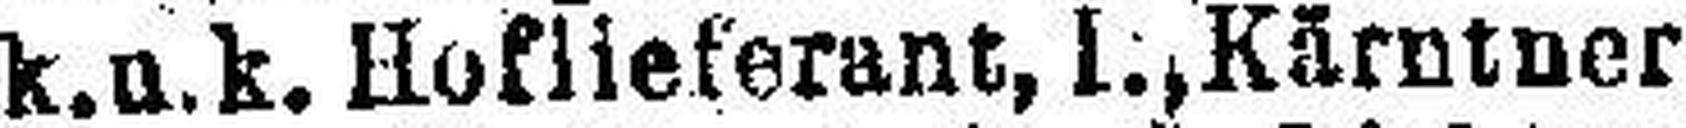
k.u.k. Hoflieferant, l., Kärntner